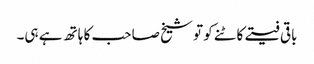
باقی فیتے کاٹنے کو تو شیخ صاحب کا ہاتھ ہے ہی۔